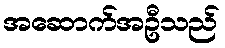
အဆောက်အဦသည်